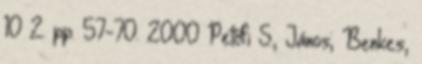
10 2. pp. 57-70. 2000 Petőfi S., János; Benkes,